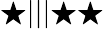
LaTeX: \bigstar|||\bigstar\bigstar